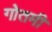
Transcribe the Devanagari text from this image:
गोतमी